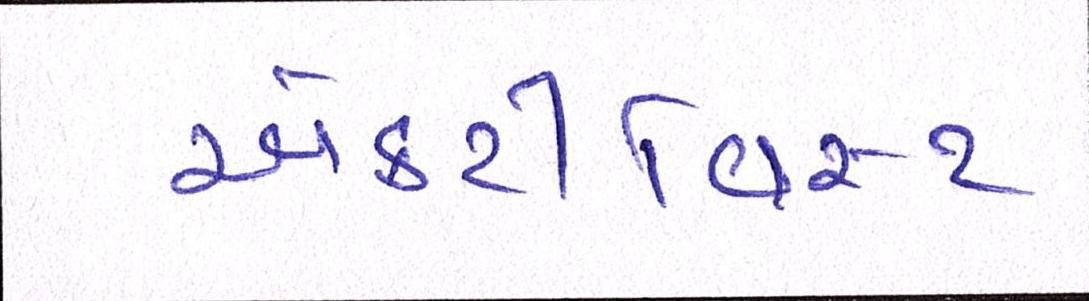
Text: એક્ટીવિસ્ટ